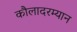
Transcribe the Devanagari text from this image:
कौलादरम्यान